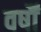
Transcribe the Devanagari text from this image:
वर्षौं